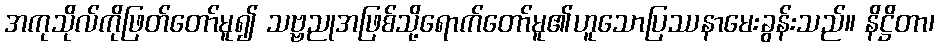
အကုသိုလ်ကိုဖြတ်တော်မူ၍ သဗ္ဗညုအဖြစ်သို့ရောက်တော်မူ၏ဟူသောပြဿနာမေးခွန်းသည်။ နိဋ္ဌိတာ၊